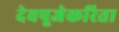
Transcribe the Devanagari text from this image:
देवपूजेकरिता